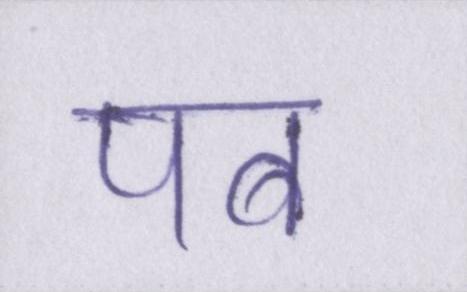
पब